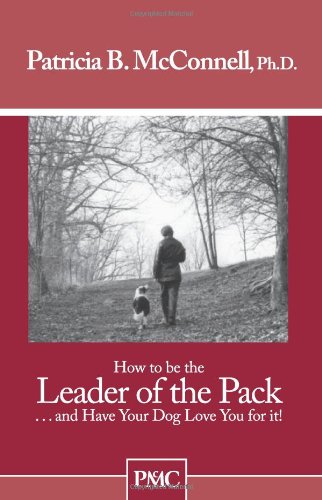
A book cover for How to be the Leader of the Pack...And have Your Dog Love You For It.; Patricia B. McConnell Ph.D.; Crafts, Hobbies & Home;